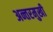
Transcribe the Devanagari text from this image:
अन्तरमुखी